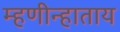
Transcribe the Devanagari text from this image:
म्हणीन्हाताय